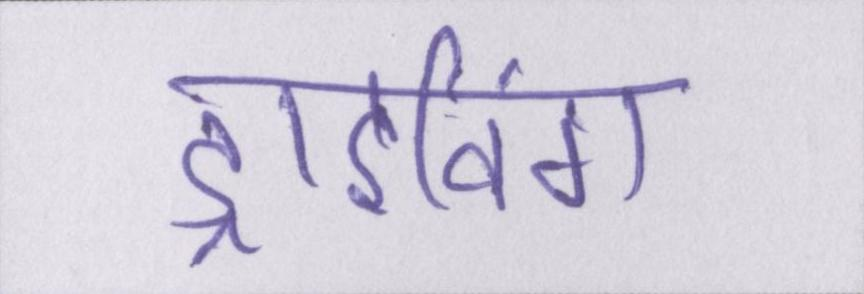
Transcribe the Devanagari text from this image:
ड्राइविंग